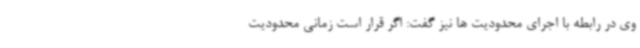
وی در رابطه با اجرای محدودیت ها نیز گفت: اگر قرار است زمانی محدودیت‌